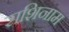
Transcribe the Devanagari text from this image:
राशिनाम